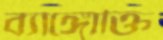
ব্যাঙ্গোক্তি